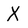
Character: X